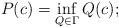
LaTeX: \begin{align*}P(c)=\inf_{Q\in\Gamma}Q(c);\end{align*}